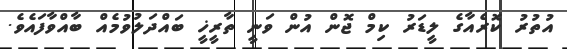
އުތުރު ކޮރެއާގެ ލީޑަރު ކިމް ޖޮން އުން ވަނީ ތާރީޚީ ބައްދަލުވުމެއް ބާއްވާފައެވެ.